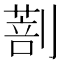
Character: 𠟌